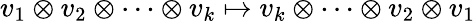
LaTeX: v_{1}\otimes v_{2}\otimes\cdots\otimes v_{k}\mapsto v_{k}\otimes\cdots\otimes v_{2}\otimes v_{1}